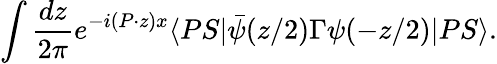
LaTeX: \int\frac{dz}{2\pi}e^{-i(P\cdot z)x}\langle PS|\bar{\psi}(z/2)\Gamma\psi(-z/2)|PS\rangle.